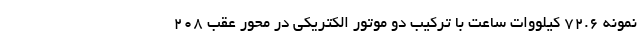
نمونه 72.6 کیلووات ساعت با ترکیب دو موتور الکتریکی در محور عقب 208